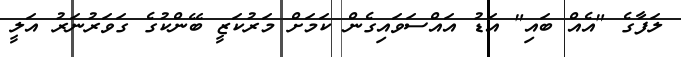
ލަފާގެ "އެއް ބައި" އަޑު އައްސަވައިގެން ކަމަށް މަރުކަޒީ ބޭންކުގެ ގަވަރުނަރު އަލީ